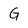
Character: G